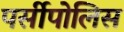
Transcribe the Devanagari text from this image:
पर्सीपोलिस